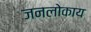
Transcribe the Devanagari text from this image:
जनलोकाय